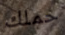
حملك